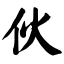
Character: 伙